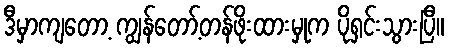
ဒီမှာကျတော့ ကျွန်တော့်တန်ဖိုးထားမှုက ပိုရှင်းသွားပြီ။